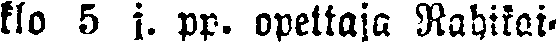
klo 5 j. pp. opettaja Rahikai-